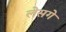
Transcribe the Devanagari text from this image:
लेसगे